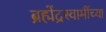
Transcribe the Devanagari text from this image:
ब्रह्मेंद्रस्वामींच्या